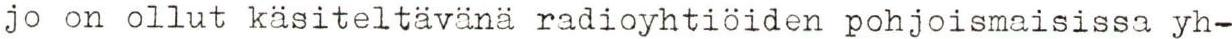
jo on ollut käsiteltävänä radioyhtiöiden pohjoismaisissa yh-